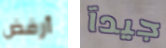
أرفض جيدآ